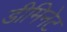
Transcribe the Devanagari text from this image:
डीमिनेट